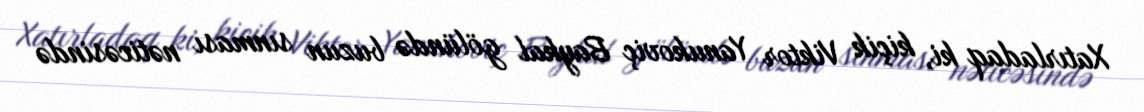
Xatırladaq ki, kiçik Viktor Yanukoviç Baykal gölündə buzun sınması nəticəsində